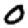
Digit: 0